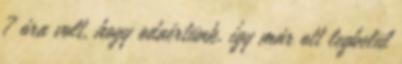
7 óra volt, hogy odaértünk, így már ott legbelül